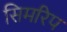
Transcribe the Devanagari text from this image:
सिमरिप